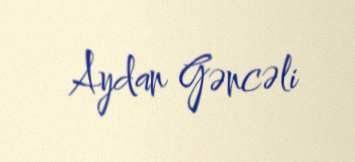
Aydan Gəncəli